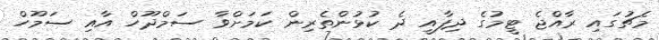
މެޗުގައި ރާއްޖެ ޓީމުގެ ދިފާއީ ދެ ކުޅުންތެރިން ކަމަށްވާ ސަމްދޫހް އާއި ސަމޫހް